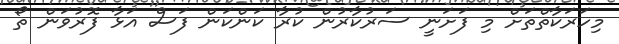
މިހަރަކާތްތަށް މި ފަށަނީ ސަރުކާރުން ކުރާ ކަންކަން ފަސް އަޅާ ފޮރުވަން ތޯ